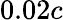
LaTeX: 0.02c